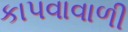
કાપવાવાળી